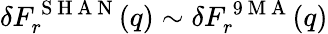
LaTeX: \delta F_{r}^{\mathrm{~S~H~A~N~}}(q)\sim\delta F_{r}^{\mathrm{~9~M~A~}}(q)